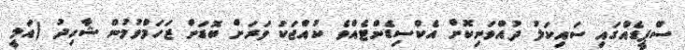
ސްޕީޑެއްގައި ސައިކަލު ދުއްވަނިކޮށް އެކްސިޑެންޓެއްވެ ކުއްޖަކު ވަރަށް ބޮޑަށް ޒަހަމްވުމުން ޝާހިދު (އަލީ